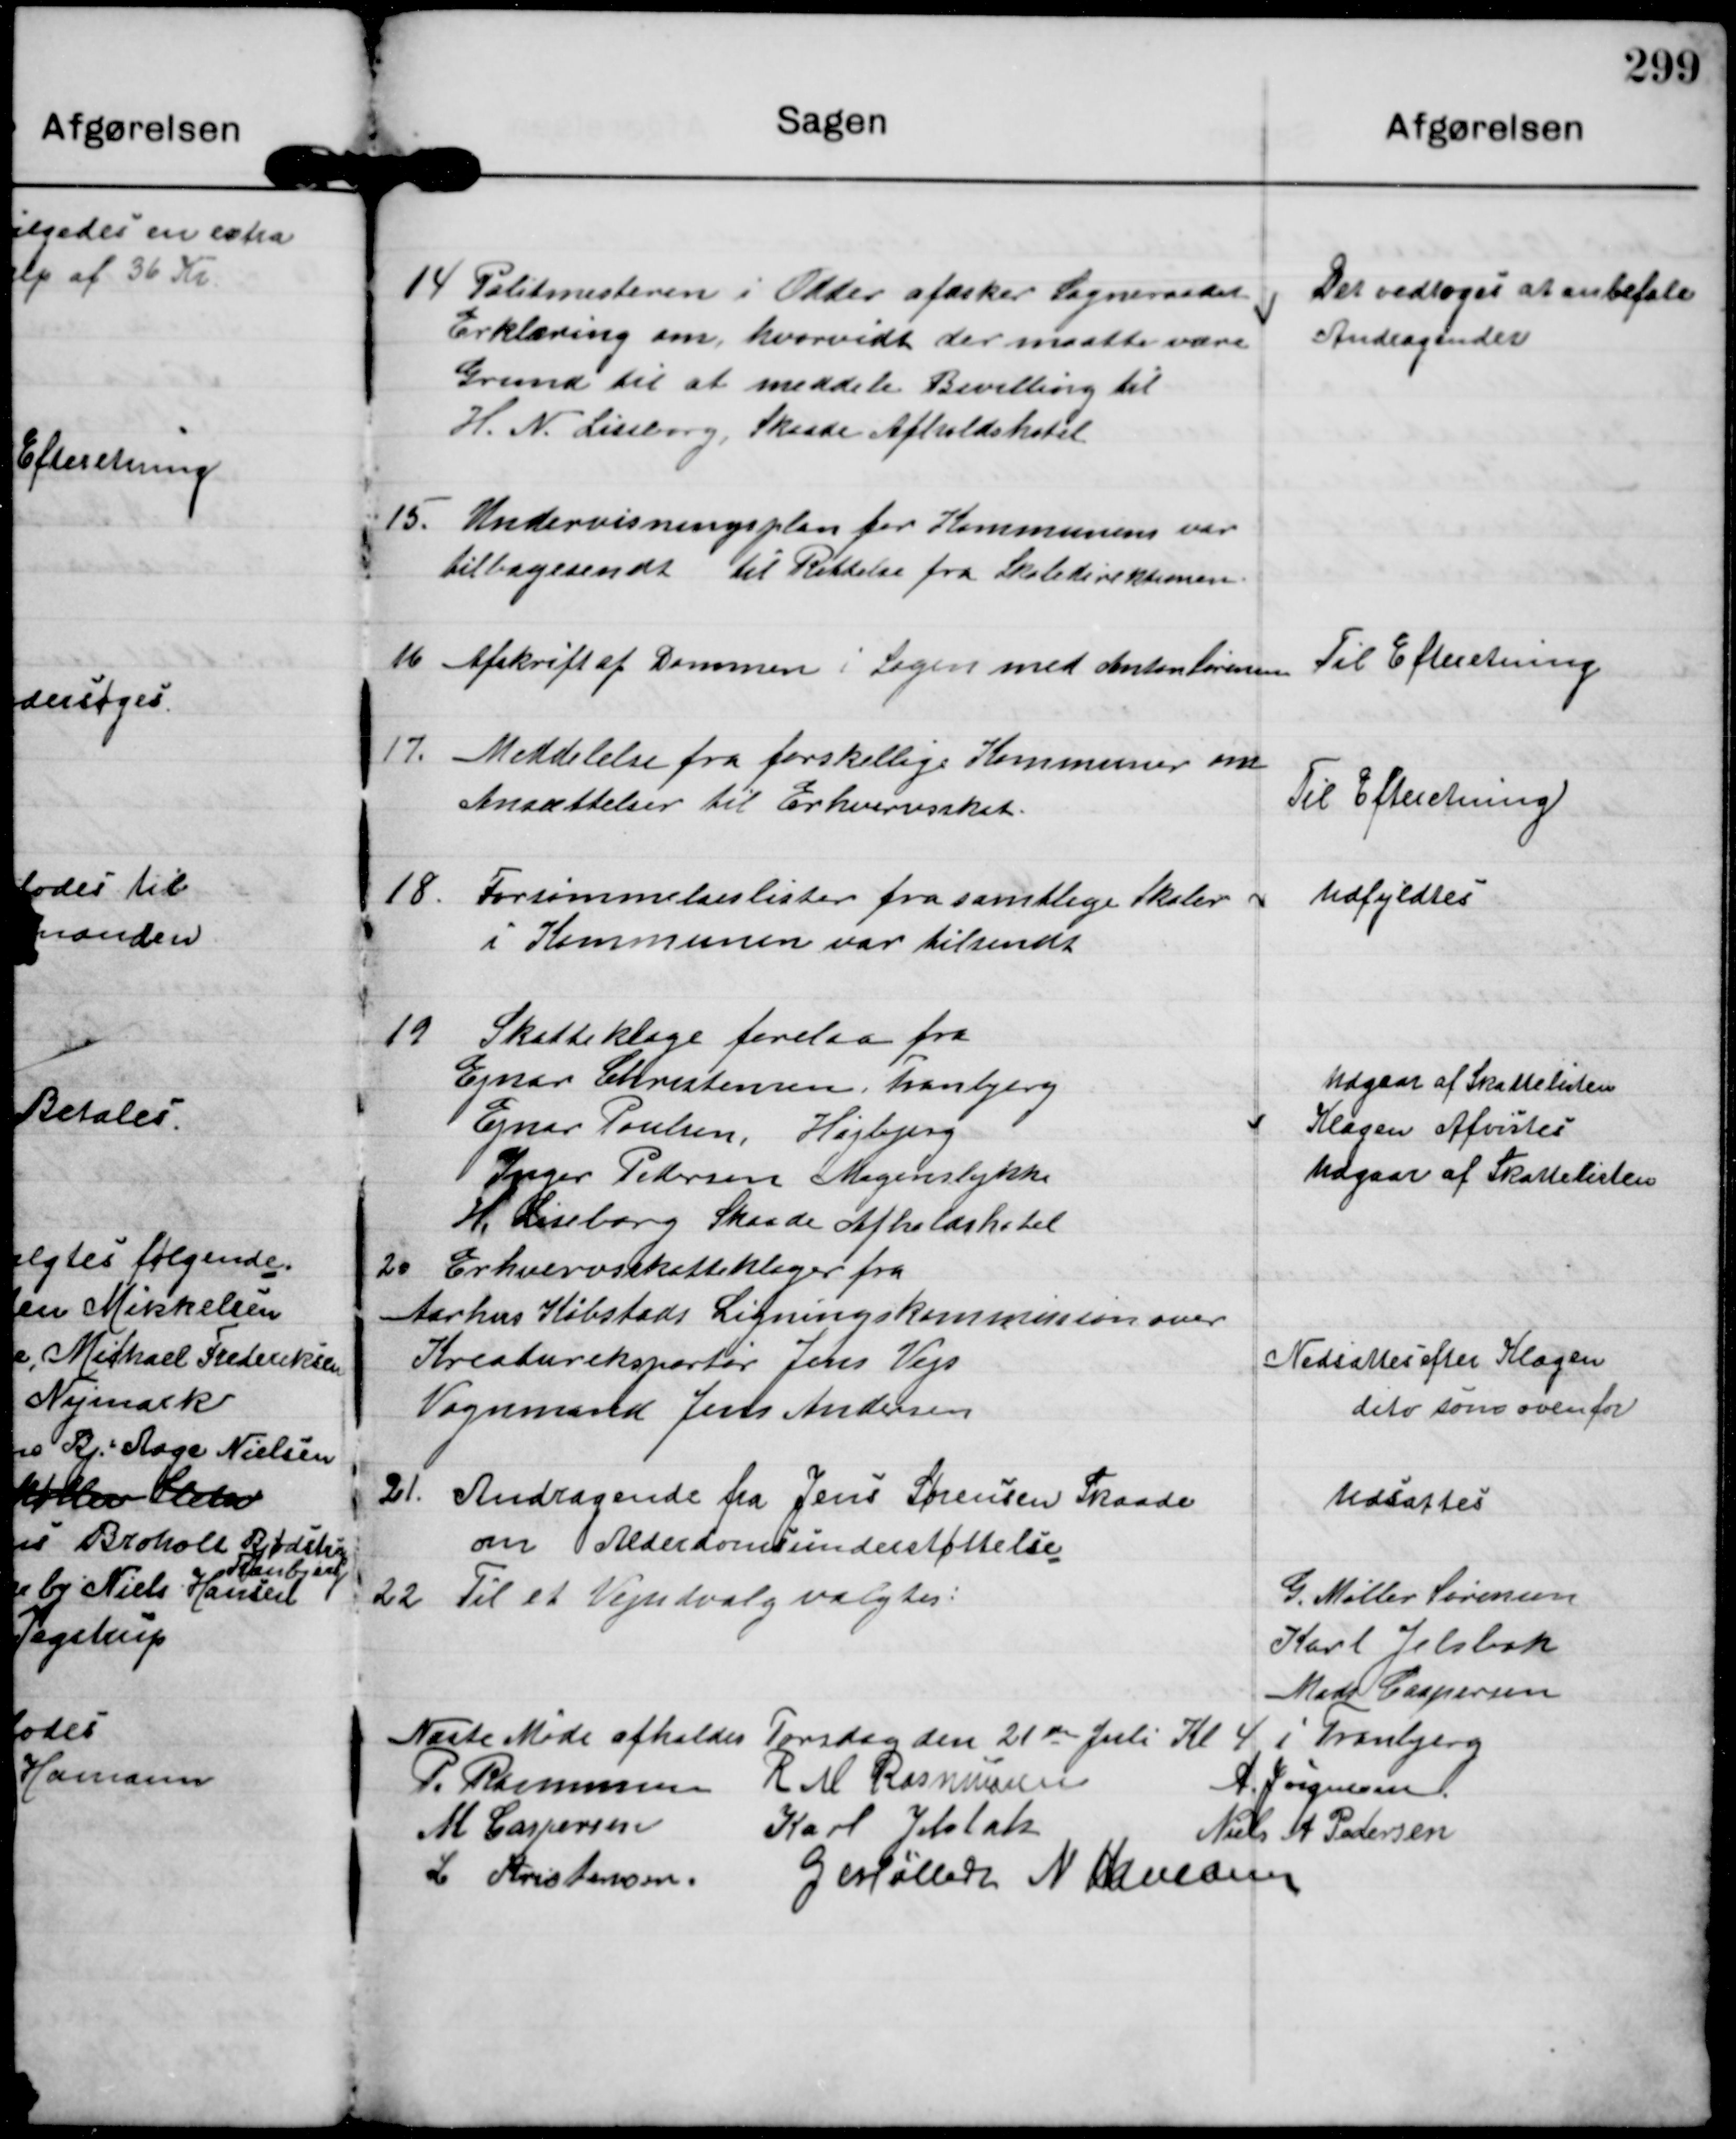
Transskription:
14

Politimesteren i Odder afæsker Sogneraadet
Erklæring om hvorvidt der maatte være
Grund til at meddele Bevilling til
H. N. Lissborg. Skaade Afholdshotel

Der vedtoges at anbefale
Andragender

15.

Undervisningsplan for Kommunen var
tilbagesendt til Rettelse fra Skoledirektionen

16

Afskrift af Dommen i Sagen med Anton Sørensen

Til Efteretning.

17.

Meddelelse fra forskellige Kommuner om
Ansættelser til Erhvervsskat

Til Efterretning.

18

Forsømmelseslister fra samtlige Skoler
i Kommunen var tilsendt

udfyldtes

19

Skatteklage forelaa fra
Ejnar Christensen, Tranbjerg
Udgaar af Skattelisten
Ejnar Poulsen, Højbjerg
Klagen afvistes
Inger Pedersen Mogenslykke
Udgaar af Skattelisten
H. Liseborg Skaade Afholdshotel

20

Erhvevsskatteklager fra
Aarhus Købstads Ligningskommission over
Kreatureksportør Jens Vejs
Vognmand Jens Andersen

Nedsættes efter Klagen
dito som ovenfor

21

Andragende fra Jens Sørensen Skaade
om Alderdomsunderstøttelse

udsattes

22.

Til et Vejudvalg valgtes:

G. Møller Sørensen
Karl Jelsbak
Mads Caspersen

Næste Møde afholdes Torsdag den 21de Juli Kl 4 i Tranbjerg

P. Rasmussen R M Rasmussen
A. Jørgensen
M Caspersen
Karl Jelsbak
Niels A Pedersen
L Kristensen
G Møller  N Hamann